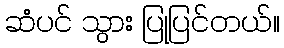
ဆံပင် သွား ပြုပြင်တယ်။